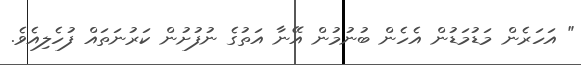
" އަހަރެން މަޑުމަޑުން އެހެން ބުނުމުން އޭނާ އަތުގެ ނުފުށުން ކަރުނަތައް ފުހެލިއެވެ.